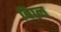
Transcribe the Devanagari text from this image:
बािल